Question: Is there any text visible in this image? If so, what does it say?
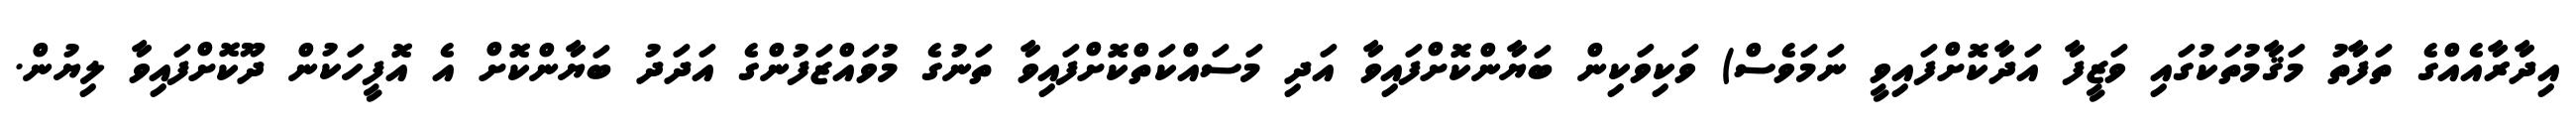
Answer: އިދާރާއެއްގެ ތަފާތު މަޤާމުތަކުގައި ވަޒީފާ އަދާކޮށްފައިވީ ނަމަވެސް) ވަކިވަކިން ބަޔާންކޮށްފައިވާ އަދި މަސައްކަތްކޮށްފައިވާ ތަނުގެ މުވައްޒަފުންގެ އަދަދު ބަޔާންކޮށް އެ އޮފީހަކުން ދޫކޮށްފައިވާ ލިޔުން.